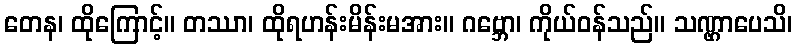
တေန၊ ထိုကြောင့်။ တဿာ၊ ထိုရဟန်းမိန်းမအား။ ဂဗ္ဘော၊ ကိုယ်ဝန်သည်။ သဏ္ဌာပေသိ၊